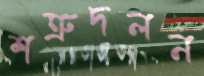
শত্রুদলন